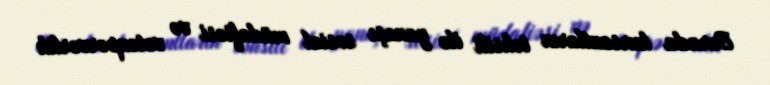
Burada kursantların təhsili ilə yanaşı sosial müdafiəsi və vətənpərvərlik